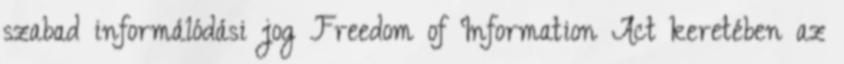
szabad informálódási jog Freedom of Information Act keretében az